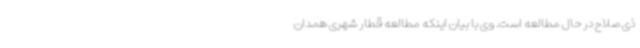
ذی صلاح در حال مطالعه است. وی با بیان اینکه مطالعه قطار شهری همدان